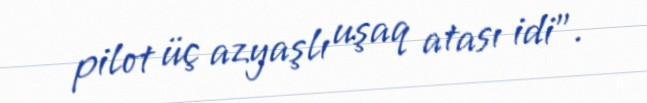
pilot üç azyaşlı uşaq atası idi”.